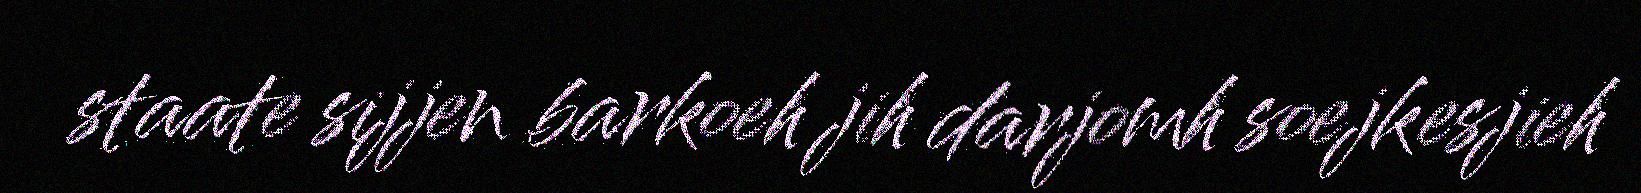
staate sijjen barkoeh jih darjomh soejkesjieh